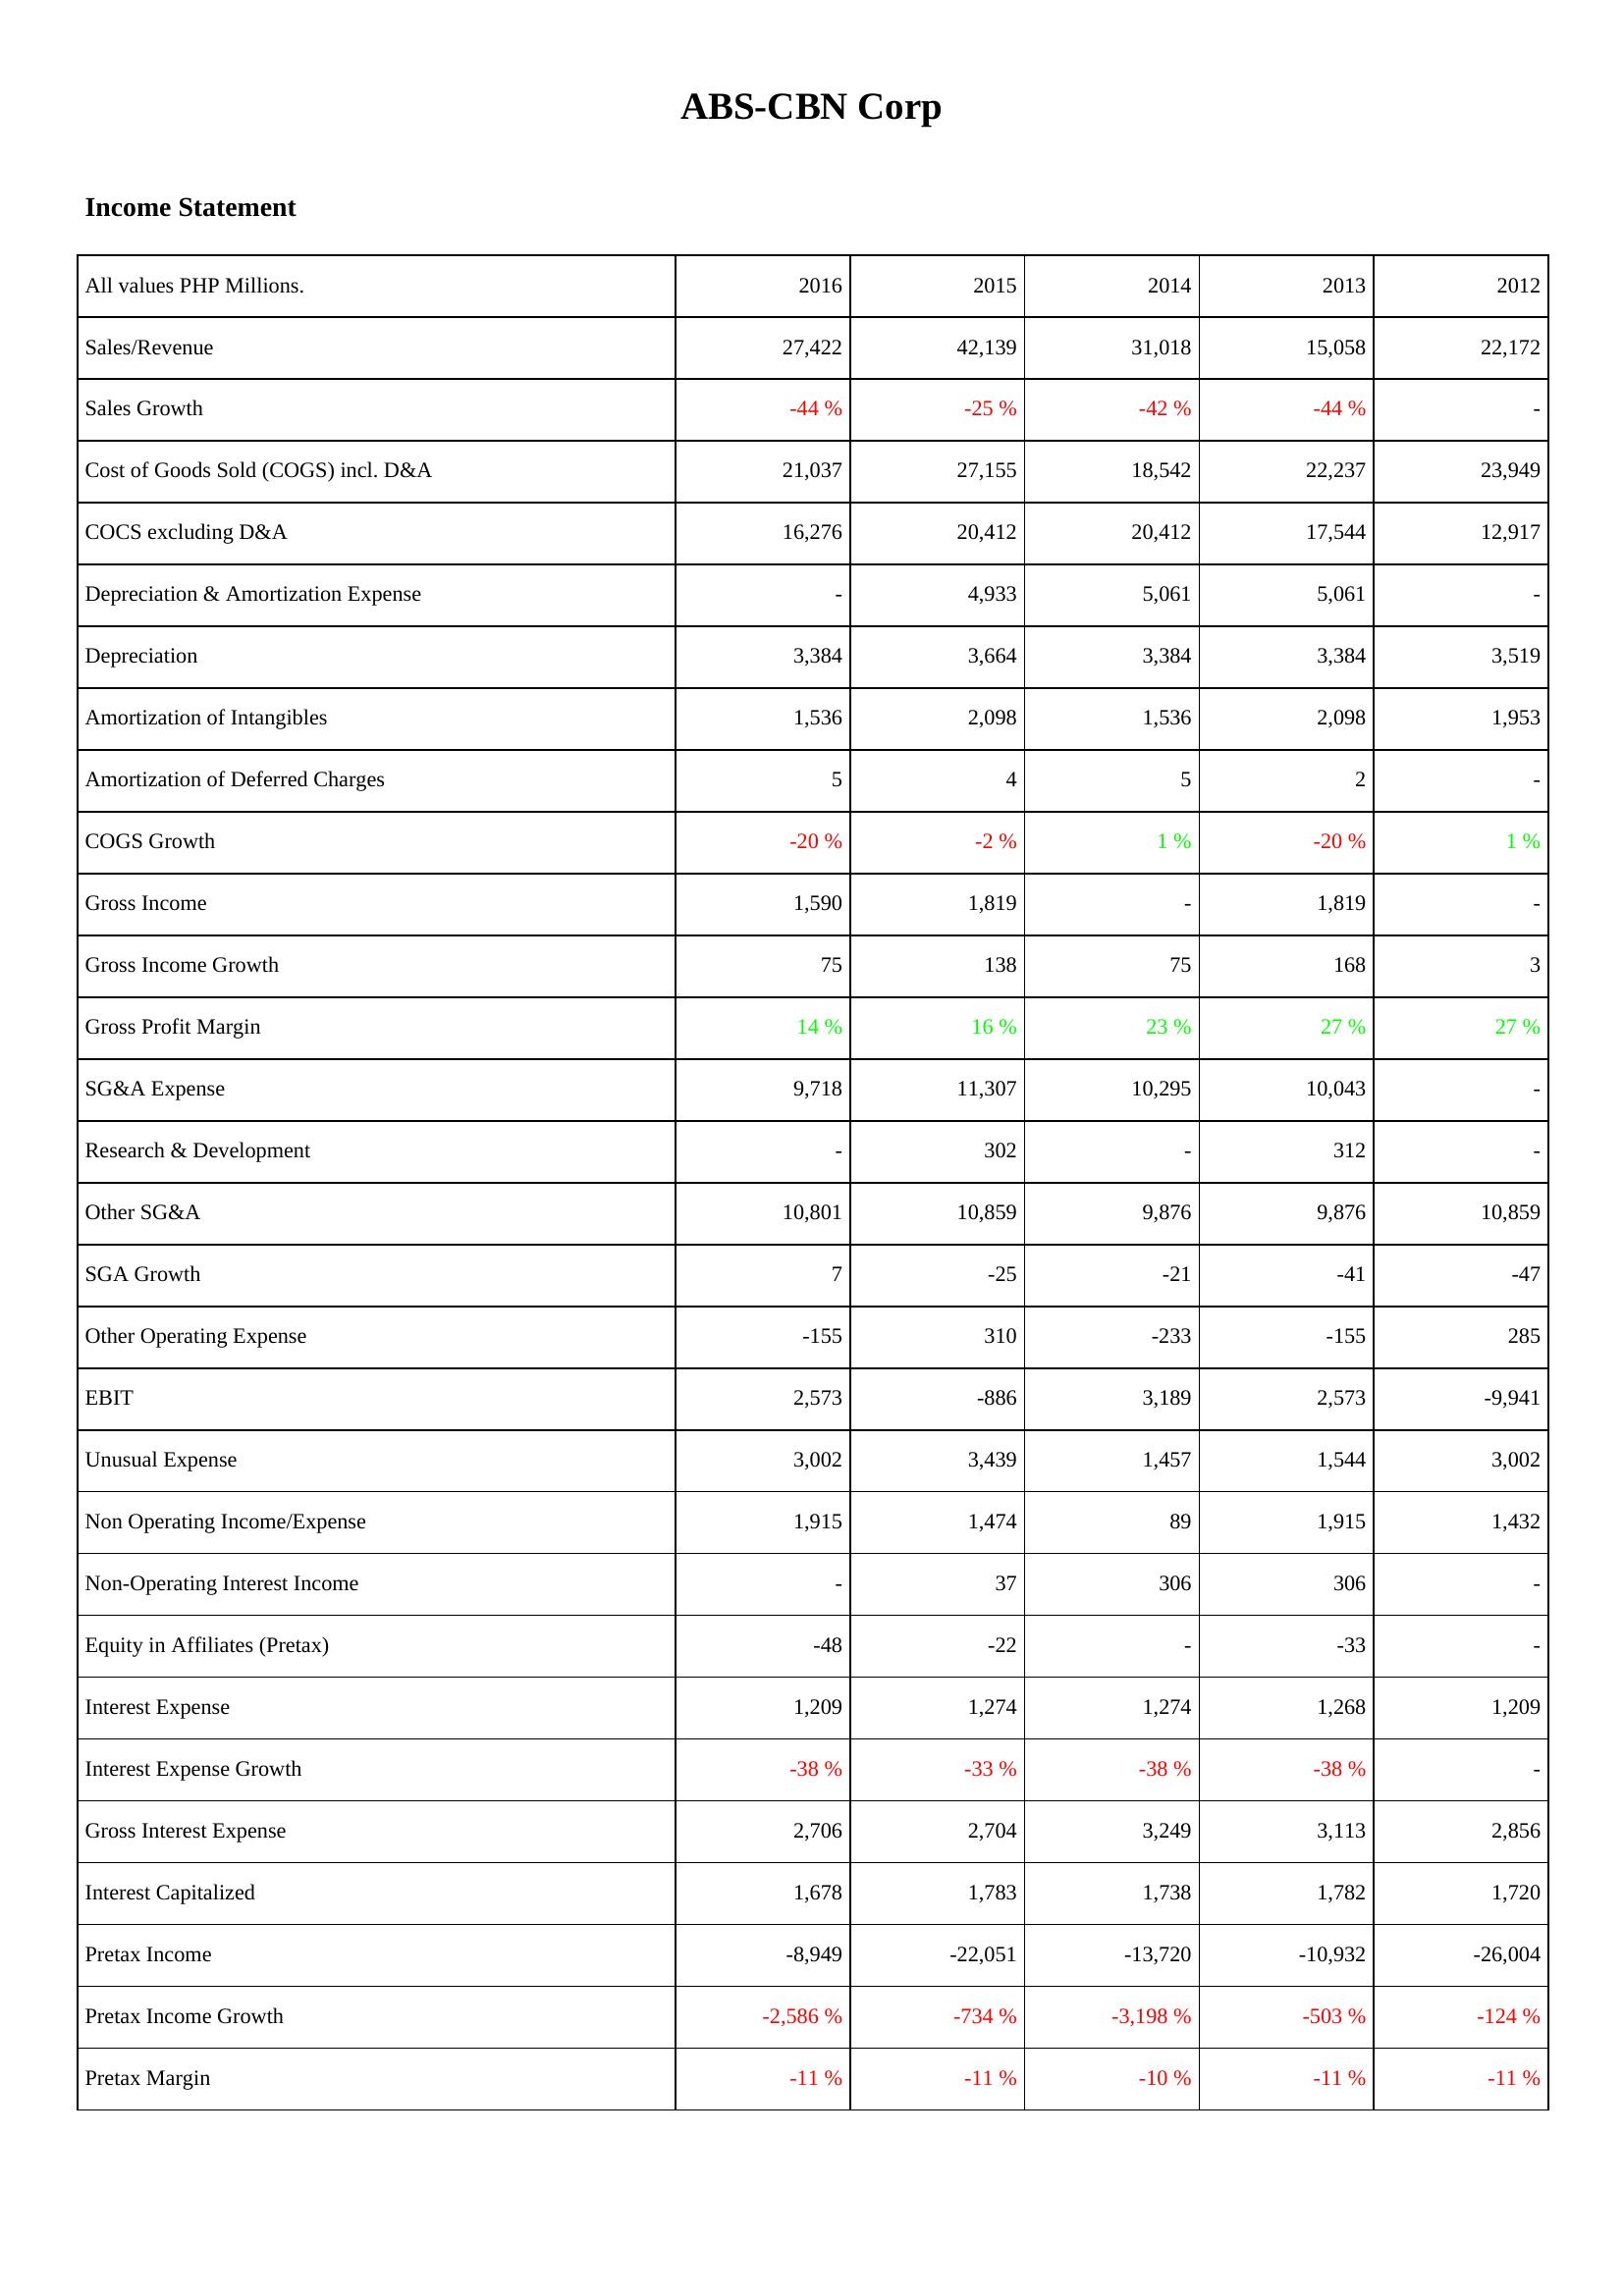
2016: Income Statement: Sales/Revenue: 27,422
Sales Growth: -44 %
Cost of Goods Sold (COGS) incl. D&A: 21,037
COCS excluding D&A: 16,276
Depreciation & Amortization Expense: -
Depreciation: 3,384
Amortization of Intangibles: 1,536
Amortization of Deferred Charges: 5
COGS Growth: -20 %
Gross Income: 1,590
Gross Income Growth: 75
Gross Profit Margin: 14 %
SG&A Expense: 9,718
Research & Development: -
Other SG&A: 10,801
SGA Growth: 7
Other Operating Expense: -155
EBIT: 2,573
Unusual Expense: 3,002
Non Operating Income/Expense: 1,915
Non-Operating Interest Income: -
Equity in Affiliates (Pretax): -48
Interest Expense: 1,209
Interest Expense Growth: -38 %
Gross Interest Expense: 2,706
Interest Capitalized: 1,678
Pretax Income: -8,949
Pretax Income Growth: -2,586 %
Pretax Margin: -11 %
2015: Income Statement: Sales/Revenue: 42,139
Sales Growth: -25 %
Cost of Goods Sold (COGS) incl. D&A: 27,155
COCS excluding D&A: 20,412
Depreciation & Amortization Expense: 4,933
Depreciation: 3,664
Amortization of Intangibles: 2,098
Amortization of Deferred Charges: 4
COGS Growth: -2 %
Gross Income: 1,819
Gross Income Growth: 138
Gross Profit Margin: 16 %
SG&A Expense: 11,307
Research & Development: 302
Other SG&A: 10,859
SGA Growth: -25
Other Operating Expense: 310
EBIT: -886
Unusual Expense: 3,439
Non Operating Income/Expense: 1,474
Non-Operating Interest Income: 37
Equity in Affiliates (Pretax): -22
Interest Expense: 1,274
Interest Expense Growth: -33 %
Gross Interest Expense: 2,704
Interest Capitalized: 1,783
Pretax Income: -22,051
Pretax Income Growth: -734 %
Pretax Margin: -11 %
2014: Income Statement: Sales/Revenue: 31,018
Sales Growth: -42 %
Cost of Goods Sold (COGS) incl. D&A: 18,542
COCS excluding D&A: 20,412
Depreciation & Amortization Expense: 5,061
Depreciation: 3,384
Amortization of Intangibles: 1,536
Amortization of Deferred Charges: 5
COGS Growth: 1 %
Gross Income: -
Gross Income Growth: 75
Gross Profit Margin: 23 %
SG&A Expense: 10,295
Research & Development: -
Other SG&A: 9,876
SGA Growth: -21
Other Operating Expense: -233
EBIT: 3,189
Unusual Expense: 1,457
Non Operating Income/Expense: 89
Non-Operating Interest Income: 306
Equity in Affiliates (Pretax): -
Interest Expense: 1,274
Interest Expense Growth: -38 %
Gross Interest Expense: 3,249
Interest Capitalized: 1,738
Pretax Income: -13,720
Pretax Income Growth: -3,198 %
Pretax Margin: -10 %
2013: Income Statement: Sales/Revenue: 15,058
Sales Growth: -44 %
Cost of Goods Sold (COGS) incl. D&A: 22,237
COCS excluding D&A: 17,544
Depreciation & Amortization Expense: 5,061
Depreciation: 3,384
Amortization of Intangibles: 2,098
Amortization of Deferred Charges: 2
COGS Growth: -20 %
Gross Income: 1,819
Gross Income Growth: 168
Gross Profit Margin: 27 %
SG&A Expense: 10,043
Research & Development: 312
Other SG&A: 9,876
SGA Growth: -41
Other Operating Expense: -155
EBIT: 2,573
Unusual Expense: 1,544
Non Operating Income/Expense: 1,915
Non-Operating Interest Income: 306
Equity in Affiliates (Pretax): -33
Interest Expense: 1,268
Interest Expense Growth: -38 %
Gross Interest Expense: 3,113
Interest Capitalized: 1,782
Pretax Income: -10,932
Pretax Income Growth: -503 %
Pretax Margin: -11 %
2012: Income Statement: Sales/Revenue: 22,172
Sales Growth: -
Cost of Goods Sold (COGS) incl. D&A: 23,949
COCS excluding D&A: 12,917
Depreciation & Amortization Expense: -
Depreciation: 3,519
Amortization of Intangibles: 1,953
Amortization of Deferred Charges: -
COGS Growth: 1 %
Gross Income: -
Gross Income Growth: 3
Gross Profit Margin: 27 %
SG&A Expense: -
Research & Development: -
Other SG&A: 10,859
SGA Growth: -47
Other Operating Expense: 285
EBIT: -9,941
Unusual Expense: 3,002
Non Operating Income/Expense: 1,432
Non-Operating Interest Income: -
Equity in Affiliates (Pretax): -
Interest Expense: 1,209
Interest Expense Growth: -
Gross Interest Expense: 2,856
Interest Capitalized: 1,720
Pretax Income: -26,004
Pretax Income Growth: -124 %
Pretax Margin: -11 %